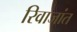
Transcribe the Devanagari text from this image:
रिवाजांत